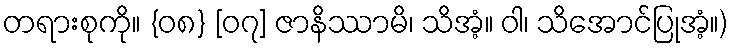
တရားစုကို။ {၀၈} [၀၇] ဇာနိဿာမိ၊ သိအံ့။ ဝါ၊ သိအောင်ပြုအံ့။)